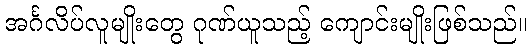
အင်္ဂလိပ်လူမျိုးတွေ ဂုဏ်ယူသည့် ကျောင်းမျိုးဖြစ်သည်။